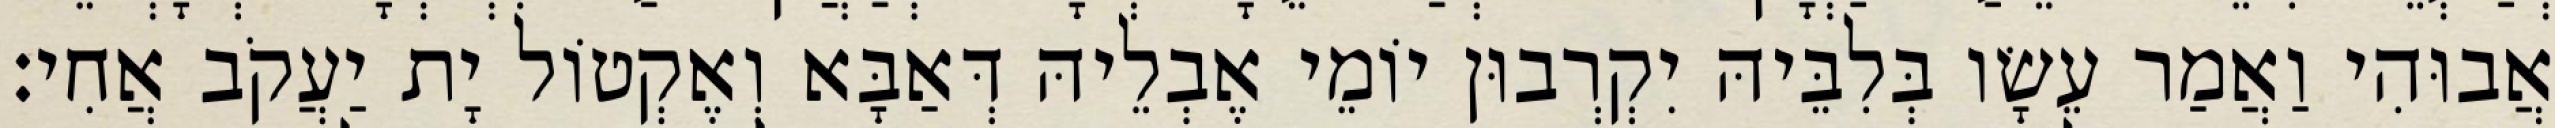
אֲבוּהִי וַאֲמַר עֵשָׂו בְּלִבֵּיהּ יִקְרְבוּן יוֹמֵי אֶבְלֵיהּ דְּאַבָּא וְאֶקְטוֹל יָת יַעֲקֹב אֲחִי׃